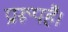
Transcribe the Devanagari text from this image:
प्रारूपहै।